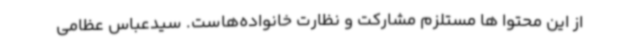
از این محتوا ها مستلزم مشارکت و نظارت خانواده‌هاست. سیدعباس عظامی